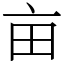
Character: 亩